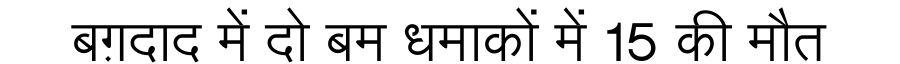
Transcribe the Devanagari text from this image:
बग़दाद में दो बम धमाकों में 15 की मौत